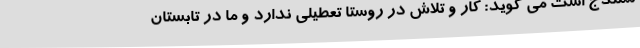
سنندج است می گوید: کار و تلاش در روستا تعطیلی ندارد و ما در تابستان